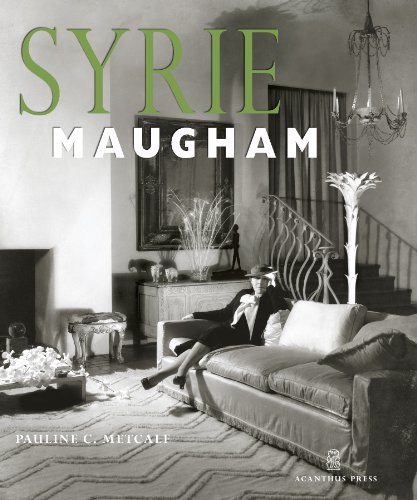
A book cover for Syrie Maugham (20th Century Decorators Series); Pauline C. Metcalf; Crafts, Hobbies & Home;